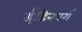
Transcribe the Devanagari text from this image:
ईडिनबर्ग